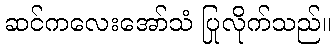
ဆင်ကလေးအော်သံ ပြုလိုက်သည်။